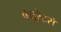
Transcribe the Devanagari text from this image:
क्यूरेटरों